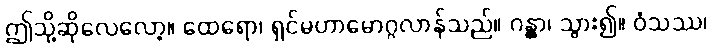
ဤသို့ဆိုလေလော့။ ထေရော၊ ရှင်မဟာမောဂ္ဂလာန်သည်။ ဂန္တွာ၊ သွား၍။ ဝံသဿ၊